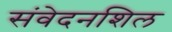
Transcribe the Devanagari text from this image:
संवेदनशिल